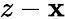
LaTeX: z-\mathbf{x}